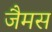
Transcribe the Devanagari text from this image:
जैमस